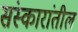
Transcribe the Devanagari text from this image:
संस्कारांतील